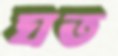
ঘত